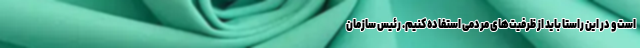
است و در این راستا باید از ظرفیت‌های مردمی استفاده کنیم. رئیس سازمان